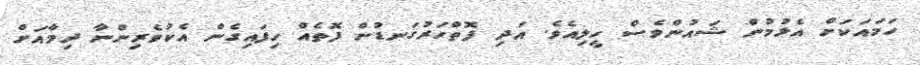
ހަމައަކަށް އެޅުމުން ޝައުންވެސް ހީލިއެވެ. އަދި ފޮތްހަރުގަނޑުން ފޮތެއް ހިފައިގެން އެކުވެރިންނާ ދިމާއަށް